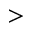
>